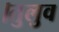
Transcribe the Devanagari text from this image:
।तुलुव